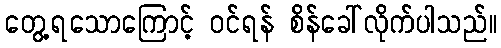
တွေ့ရသောကြောင့် ဝင်ရန် စိန်ခေါ်လိုက်ပါသည်။